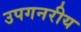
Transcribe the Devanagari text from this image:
उपगनरीय